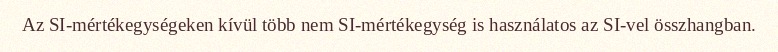
Az SI-mértékegységeken kívül több nem SI-mértékegység is használatos az SI-vel összhangban.